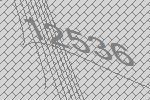
12536